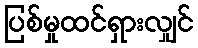
ပြစ်မှုထင်ရှားလျှင်